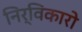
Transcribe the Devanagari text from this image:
निर्विकारो